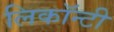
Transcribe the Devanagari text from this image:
लिकॉन्टी